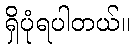
ရှိပုံရပါတယ်။